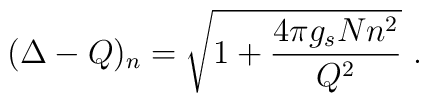
(\Delta -Q)_n = \sqrt{1+ \frac{4 \pi g_s N n^2}{Q^2}} ~.